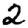
Digit: 2